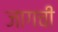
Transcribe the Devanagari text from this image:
जागची